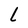
Character: l